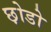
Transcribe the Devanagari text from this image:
छ़ोडो